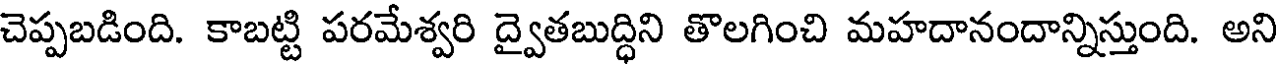
చెప్పబడింది. కాబట్టి పరమేశ్వరి ద్వైతబుద్ధిని తొలగించి మహదానందాన్నిస్తుంది. అని